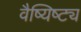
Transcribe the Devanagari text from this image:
वैष्यिष्ट्य